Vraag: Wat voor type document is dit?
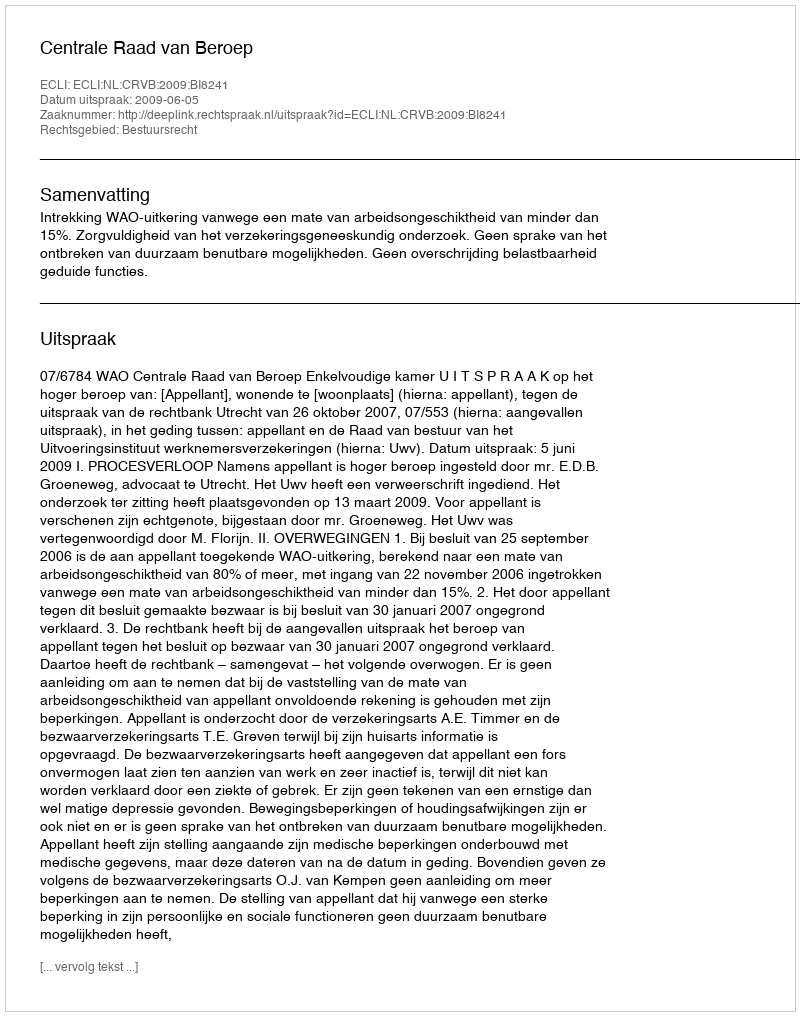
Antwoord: Uitspraak